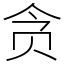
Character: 贪